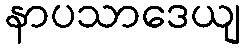
နာပသာဒေယျ